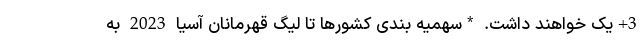
3+یک خواهند داشت. *سهمیه بندی کشورها تا لیگ قهرمانان آسیا 2023 به